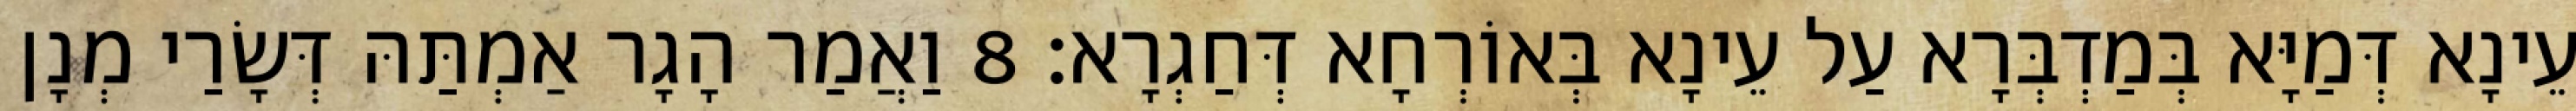
עֵינָא דְּמַיָּא בְּמַדְבְּרָא עַל עֵינָא בְּאוֹרְחָא דְּחַגְרָא׃ 8 וַאֲמַר הָגָר אַמְתַּהּ דְּשָׂרַי מְנָן